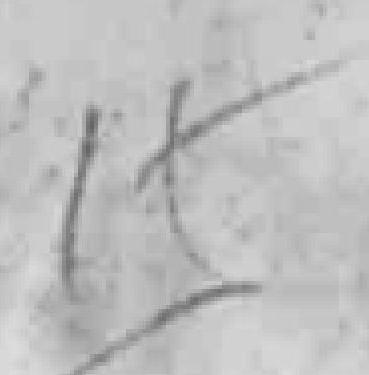
15